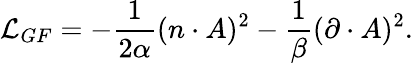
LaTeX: \mathcal{L}_{GF}=-\frac{1}{2\alpha}(n\cdot A)^{2}-\frac{1}{\beta}(\partial\cdot A)^{2}.